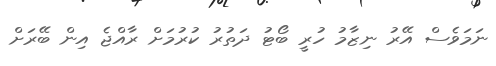
ނަމަވެސް އޭރު ނިޒާމު ހުރީ ބޯޓު ދަތުރު ކުރުމަށް ރާއްޖެ އިން ބޭރަށް